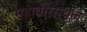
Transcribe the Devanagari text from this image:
महावीरस्थल